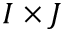
I \times J